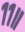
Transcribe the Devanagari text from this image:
११॥